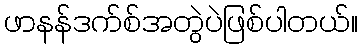
ဖာနန်ဒက်စ်အတွဲပဲဖြစ်ပါတယ်။